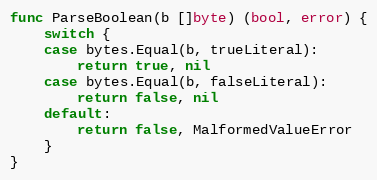
Language: Go
func ParseBoolean(b []byte) (bool, error) {
	switch {
	case bytes.Equal(b, trueLiteral):
		return true, nil
	case bytes.Equal(b, falseLiteral):
		return false, nil
	default:
		return false, MalformedValueError
	}
}